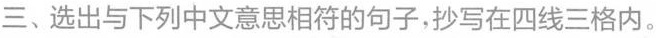
三、选出与下列中文意思相符的句子，抄写在四线三格内。